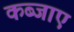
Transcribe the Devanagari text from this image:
कब्जाए